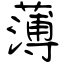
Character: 薄